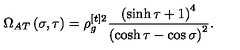
\Omega _ { A T } \left( \sigma , \tau \right) = \rho _ { g } ^ { [ t ] 2 } \frac { \left( \sinh \tau + 1 \right) ^ { 4 } } { \left( \cosh \tau - \cos \sigma \right) ^ { 2 } } .